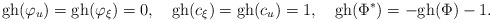
\begin{align*}\hbox{gh}(\varphi_u)=\hbox{gh}(\varphi_\xi)=0, \quad \hbox{gh}(c_\xi)=\hbox{gh}(c_u)=1,\quad \hbox{gh}(\Phi^*)=-\hbox{gh}(\Phi)-1.\end{align*}